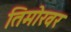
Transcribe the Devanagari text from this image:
तिमोरवर